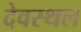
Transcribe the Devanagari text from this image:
देवस्थल